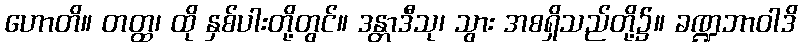
ဟောတိ။ တတ္ထ၊ ထို နှစ်ပါးတို့တွင်။ ဒန္တာဒီသု၊ သွား အစရှိသည်တို့၌။ ခဏ္ဍဘာဝါဒိ